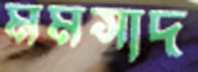
মমসাদ